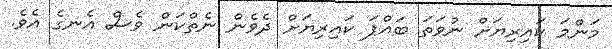
މަންމަ ކައިރިޔަށް ނުވަތަ ބައްޕަ ކައިރިޔަށް ދެވެން ނެތްކަން ވެސް އެނގެ އެވެ.